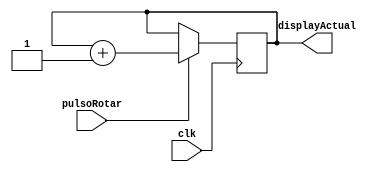
`timescale 1ns / 1ps


/*
modulo que en cada ciclo de reloj cambia
el valor de la salida. Se utiliza para hacer el
cambio entre los 4 7segmentos. 
00 anodo0
01 anodo1
10 anodo2
11	anodo3
Cuando llega a 11, vuelve a 00
*/

module rotadorDisplays(
    input clk,
	 input pulsoRotar,
    output [1:0] displayActual
    );
	 
	reg [1:0] registroSalida;
	
	always @(posedge clk) begin
		if(pulsoRotar)
			registroSalida <= registroSalida + 1;		
	end
	
	assign displayActual = registroSalida;

endmodule